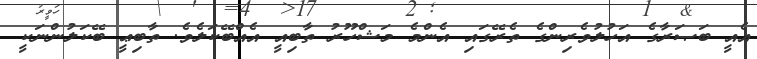
އެއީ ބަޞަރާގެ އަހުލުވެރިންގެ ތެރޭގައި އެންމެ މަޝްހޫރު ތާބިއީ އެއްބޭކަލެވެ. ތާބިޢީ ބޭކަލުންނަކީ